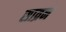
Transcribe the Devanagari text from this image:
साव्रन